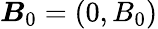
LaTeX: \boldsymbol{B}_{0}=(0,B_{0})